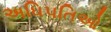
અધિપતિઓ